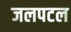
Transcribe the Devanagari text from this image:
जलपटल